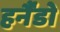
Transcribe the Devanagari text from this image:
हर्नैंडो